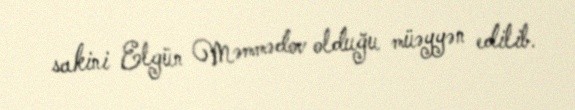
sakini Elgün Məmmədov olduğu müəyyən edilib.